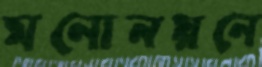
মনোনয়নে